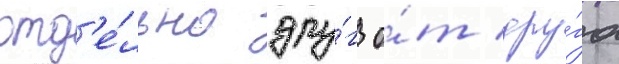
отд'е́льно дру́г о́т дру́га